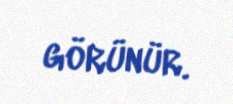
görünür.